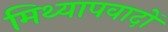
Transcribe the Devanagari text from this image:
मिथ्‍यापवादों